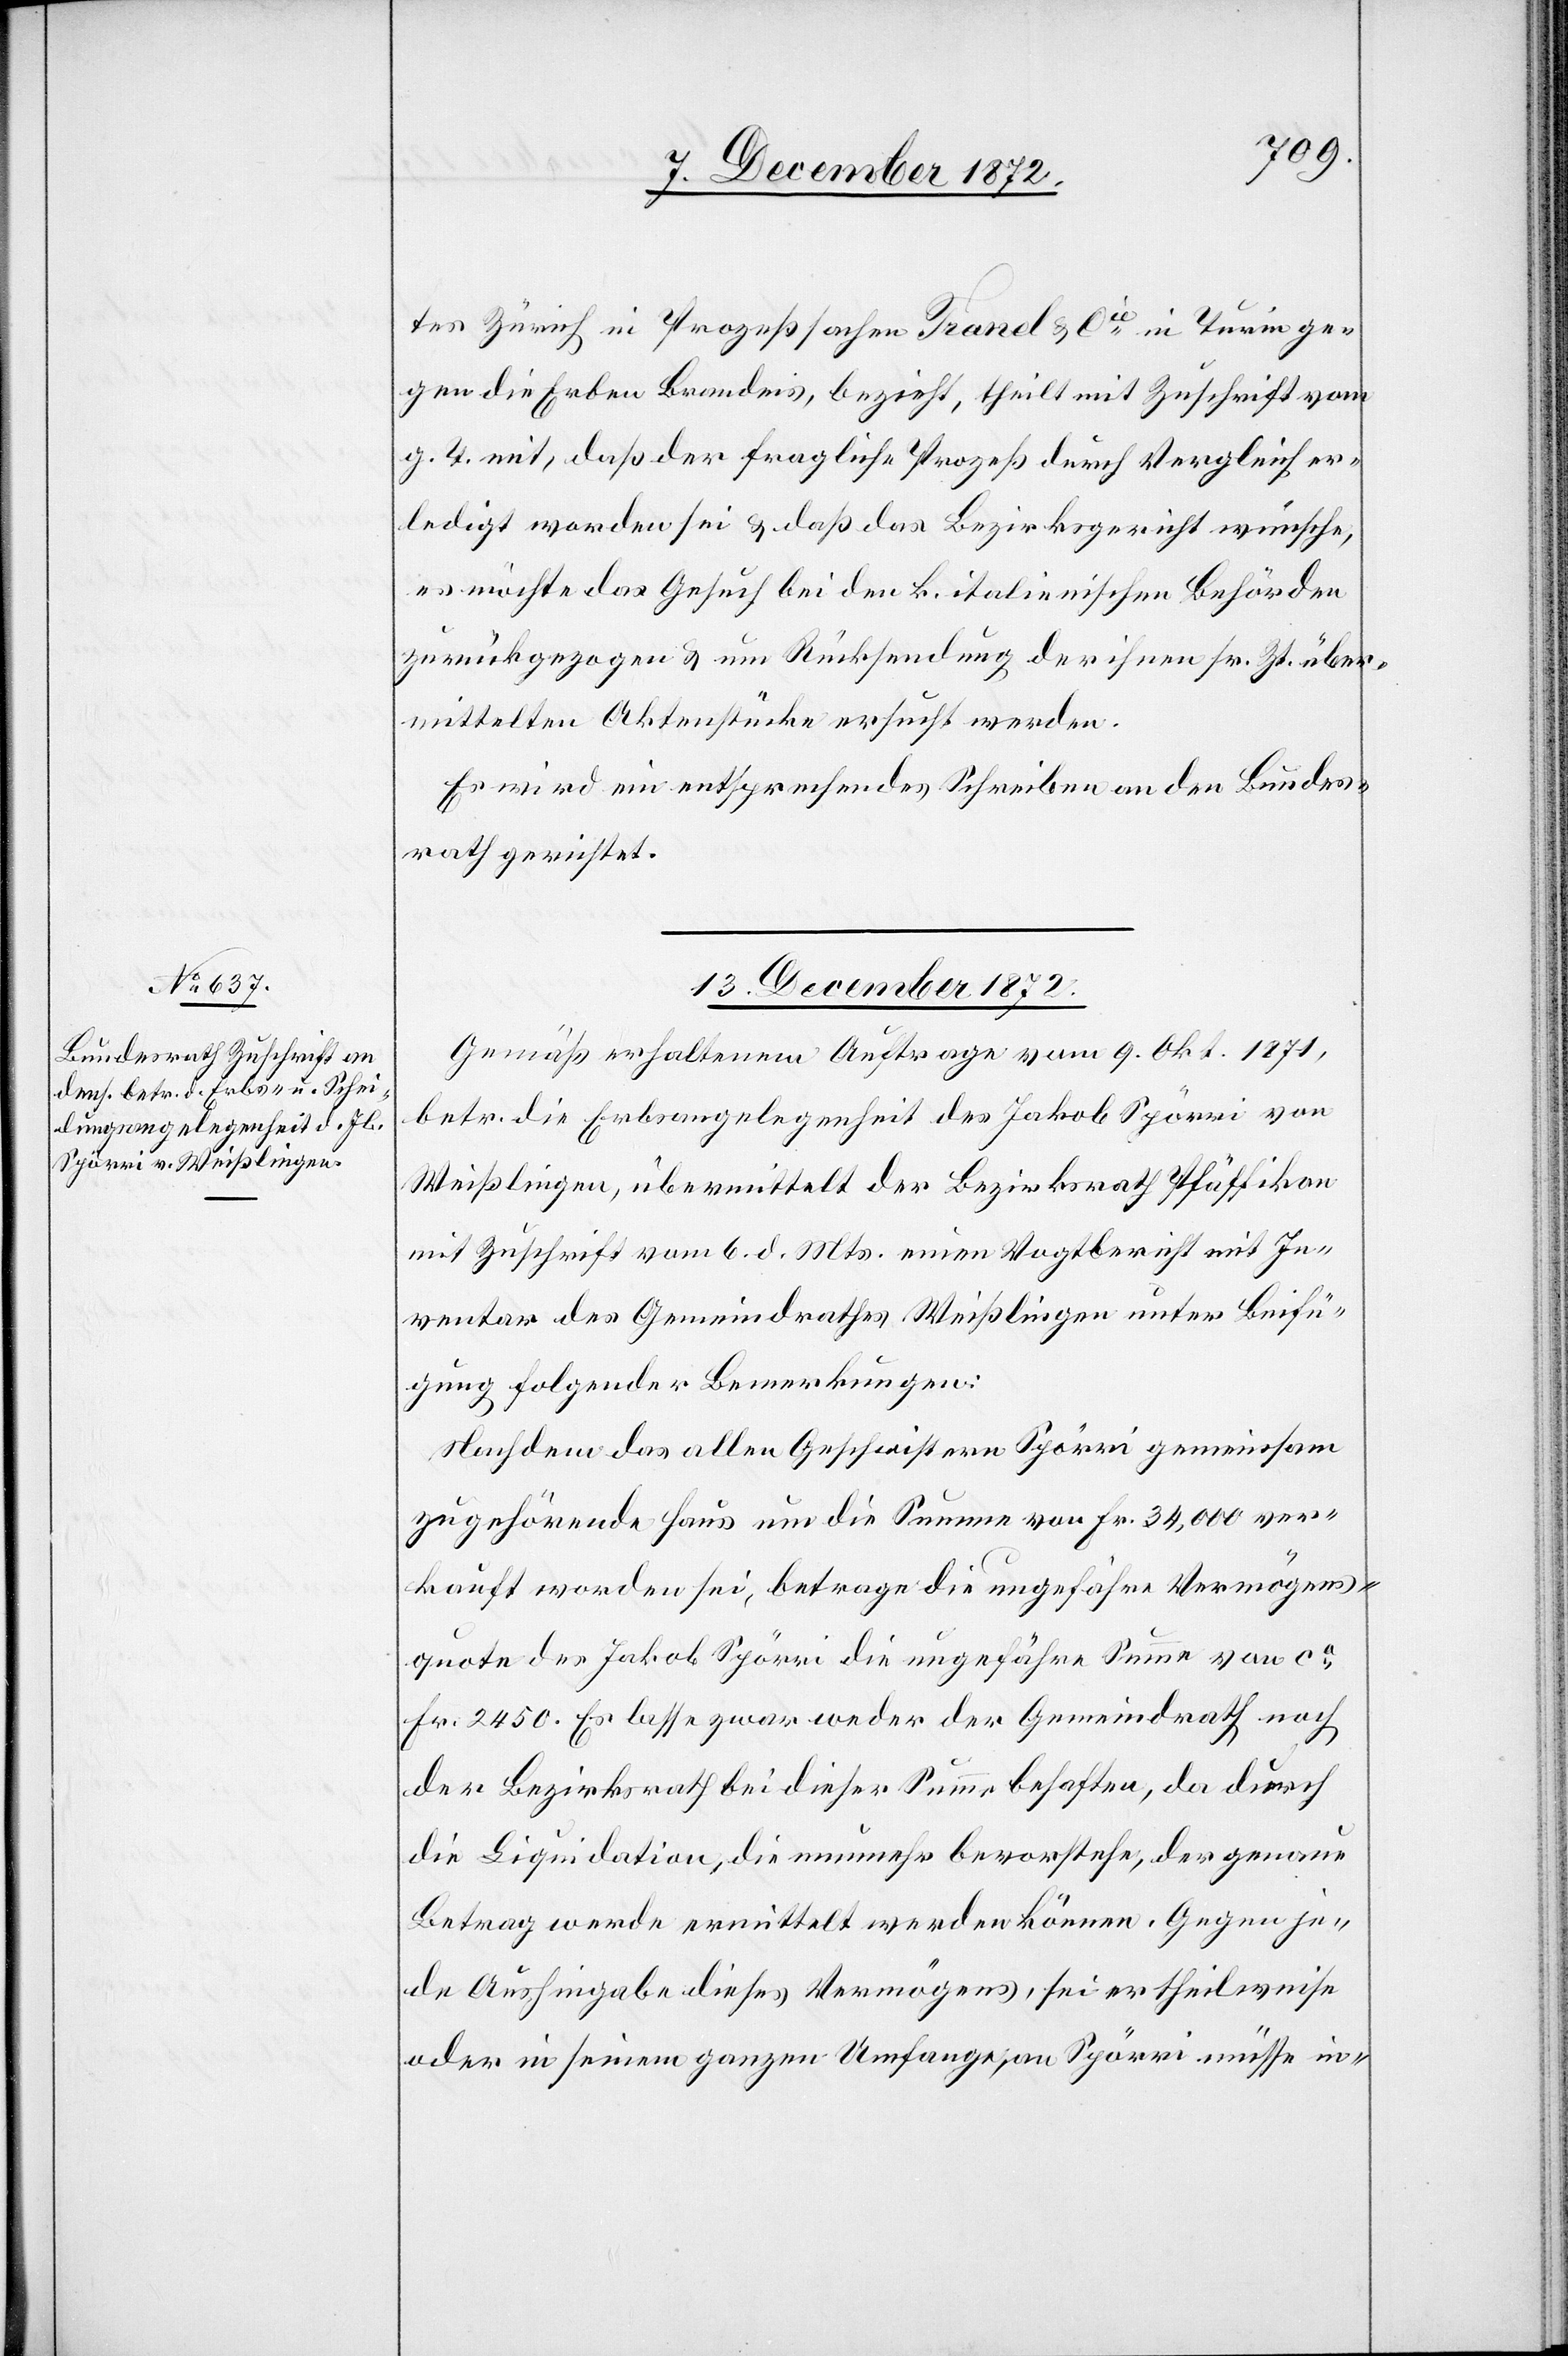
tes Zürich in Prozeßsachen Tranel u. Cie in Turin ge¬
gen die Erben Brandeis, bezieht, theilt mit Zuschrift vom
g. T. mit, daß der fragliche Prozeß durch Vergleich er¬
ledigt worden sei u. daß das Bezirksgericht wünsche,
es möchte das Gesuch bei den k. italienischen Behörden
zurückgezogen u. um Rücksendung der ihnen sr. Zt. über¬
mittelten Aktenstücke ersucht werden.
Es wird ein entsprechendes Schreiben an den Bundes¬
rath gerichtet.
13. December 1872.
Gemäß erhaltenem Auftrage vom 9. Okt. 1871,
betr. die Erbsangelegenheit des Jakob Spörri von
Weißlingen, übermittelt der Bezirksrath Pfäffikon
mit Zuschrift vom 6. d. Mts. einen Vogtbericht mit In¬
ventar des Gemeindrathes Weißlingen unter Beifü¬
gung folgender Bemerkungen:
Nachdem das allen Geschwistern Spörri gemeinsam
zugehörende Haus um die Summe von Fr. 34,000 ver¬
kauft worden sei, betrage die ungefähre Vermögens¬
quote des Jakob Spörri die ungefähre Summe von ca
Fr. 2450. Es lasse zwar weder der Gemeindrath noch
der Bezirksrath [sich] bei dieser Summe behaften, da durch
die Liquidation, die nunmehr bevorstehe, der genaue
Betrag werde ermittelt werden können. Gegen je¬
de Aushingabe dieses Vermögens, sei er theilweise
oder in seinem ganzen Umfange an Spörri müsse in-